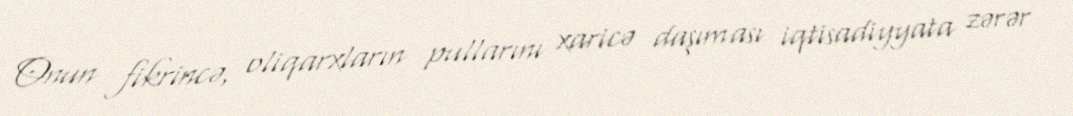
Onun fikrincə, oliqarxların pullarını xaricə daşıması iqtisadiyyata zərər